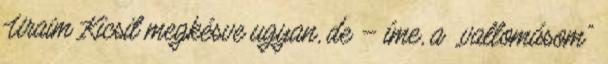
Uraim Kicsit megkésve ugyan, de – íme, a „vallomásom”